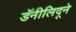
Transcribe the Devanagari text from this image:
डॅनीलिदूने